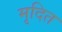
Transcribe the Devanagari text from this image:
मृदित